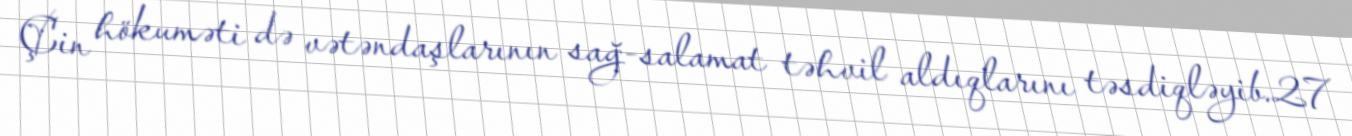
Çin hökuməti də vətəndaşlarının sağ-salamat təhvil aldıqlarını təsdiqləyib.27